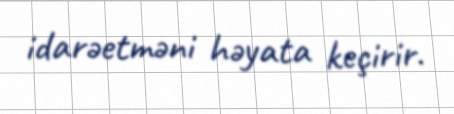
idarəetməni həyata keçirir.